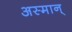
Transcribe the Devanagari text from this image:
अस्मान्